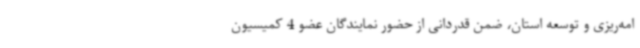
امه‌ریزی و توسعه استان، ضمن قدردانی از حضور نمایندگان عضو 4 کمیسیون